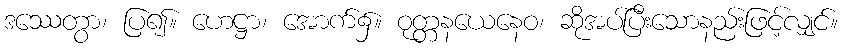
ဒဿေတွာ၊ ပြ၍။ ဟေဋ္ဌာ၊ အောက်၌။ ဝုတ္တနယေနေဝ၊ ဆိုအပ်ပြီးသောနည်းဖြင့်လျှင်။